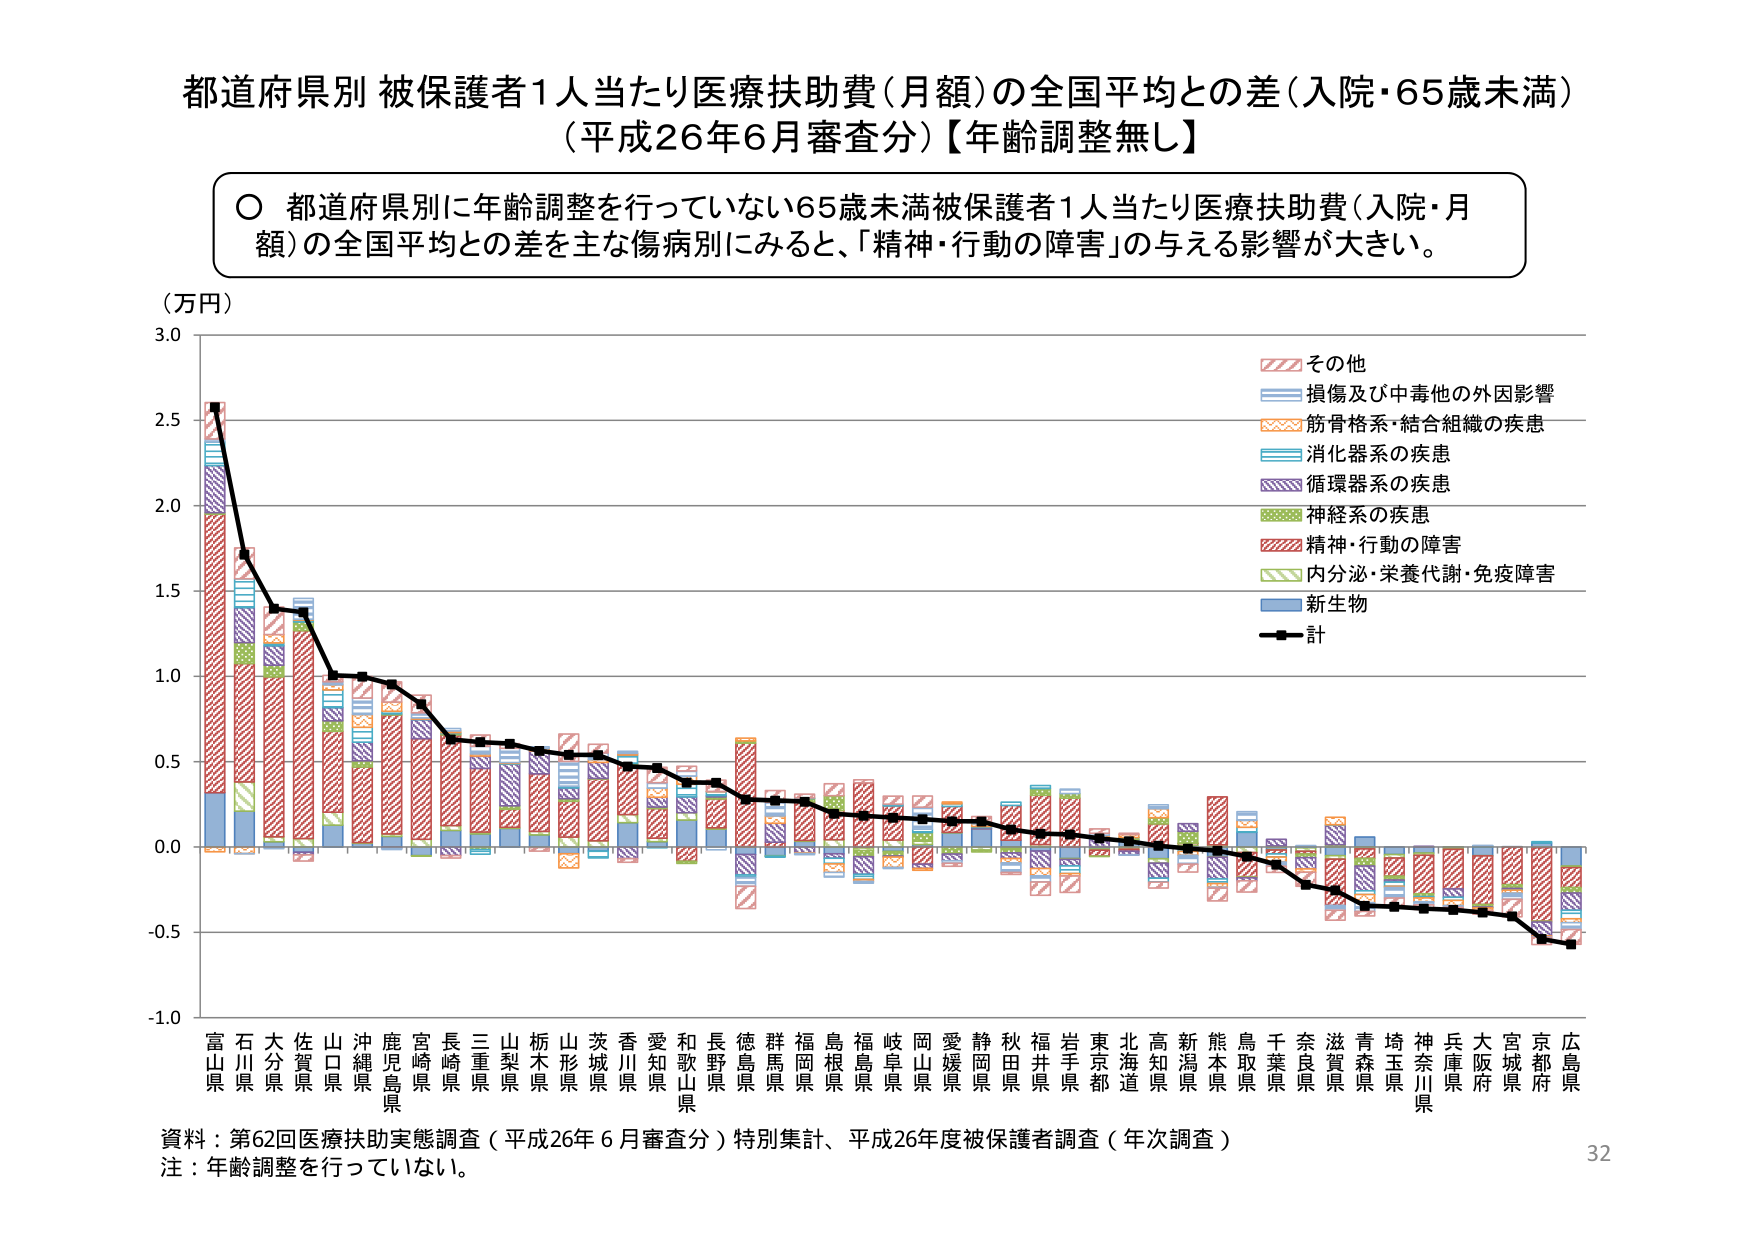
都道府県別 被保護者1人当たり医療扶助費（月額）の全国平均との差（入院・65歳未満）
（平成26年6月審査分）【年齢調整無し】

○ 都道府県別に年齢調整を行っていない65歳未満被保護者1人当たり医療扶助費（入院・月額）の全国平均との差を主な傷病別にみると、「精神・行動の障害」の与える影響が大きい。

（万円）
3.0
2.5
2.0
1.5
1.0
0.5
0.0
-0.5
-1.0

富山県 石川県 大分県 佐賀県 山口県 沖縄県 鹿児島県 宮崎県 長崎県 三重県 山梨県 栃木県 山形県 茨城県 香川県 愛知県 和歌山県 長野県 徳島県 群馬県 福岡県 島根県 福島県 岐阜県 岡山県 愛媛県 静岡県 秋田県 福井県 岩手県 東京都 北海道 高知県 新潟県 熊本県 鳥取県 千葉県 奈良県 滋賀県 青森県 埼玉県 神奈川県 兵庫県 大阪府 宮城県 京都府 広島県

■その他
■損傷及び中毒他の外因影響
■筋骨格系・結合組織の疾患
■消化器系の疾患
■循環器系の疾患
■神経系の疾患
■精神・行動の障害
■内分泌・栄養代謝・免疫障害
■新生物
■計

資料：第62回医療扶助実態調査（平成26年6月審査分）特別集計、平成26年度被保護者調査（年次調査）
注：年齢調整を行っていない。
32